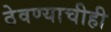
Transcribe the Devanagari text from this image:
ठेवण्याचीही